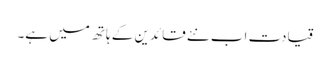
قیادت اب نئے قائدین کے ہاتھ میں ہے۔